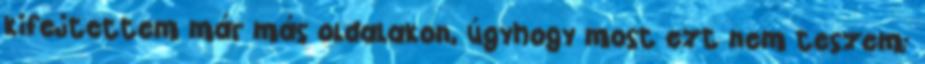
kifejtettem már más oldalakon, úgyhogy most ezt nem teszem;